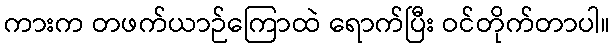
ကားက တဖက်ယာဉ်ကြောထဲ ရောက်ပြီး ဝင်တိုက်တာပါ။